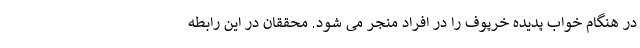
در هنگام خواب پدیده خرپوف را در افراد منجر می شود. محققان در این رابطه